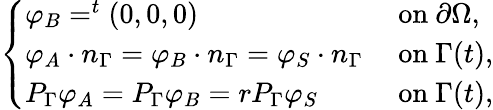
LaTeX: \left\{ \begin{array}{ll}{\varphi_{B}=^{t}(0,0,0)}&{\mathrm{~on~}\partial\Omega,}\\ {\varphi_{A}\cdot n_{\Gamma}=\varphi_{B}\cdot n_{\Gamma}=\varphi_{S}\cdot n_{\Gamma}}&{\mathrm{~on~}\Gamma(t),}\\ {P_{\Gamma}\varphi_{A}=P_{\Gamma}\varphi_{B}=rP_{\Gamma}\varphi_{S}}&{\mathrm{~on~}\Gamma(t),}\end{array}\right.